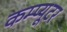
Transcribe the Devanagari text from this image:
कम्प्‍यूटर